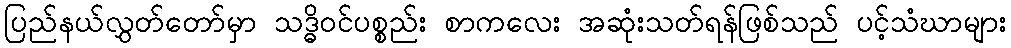
ပြည်နယ်လွှတ်တော်မှာ သဒ္ဓိဝင်ပစ္စည်း စာကလေး အဆုံးသတ်ရန်ဖြစ်သည် ပင့်သံဃာများ